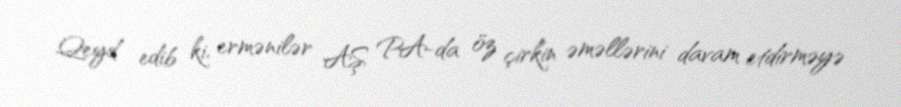
Qeyd edib ki, ermənilər AŞ PA-da öz çirkin əməllərini davam etdirməyə